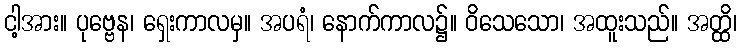
ငါ့အား။ ပုဗ္ဗေန၊ ရှေးကာလမှ။ အပရံ၊ နောက်ကာလ၌။ ဝိသေသော၊ အထူးသည်။ အတ္ထိ၊